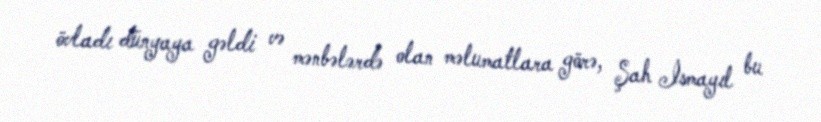
övladı dünyaya gəldi və mənbələrdə olan məlumatlara görə, Şah İsmayıl bu